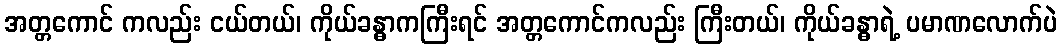
အတ္တကောင် ကလည်း ငယ်တယ်၊ ကိုယ်ခန္ဓာကကြီးရင် အတ္တကောင်ကလည်း ကြီးတယ်၊ ကိုယ်ခန္ဓာရဲ့ ပမာဏလောက်ပဲ